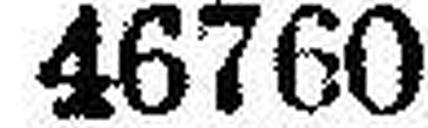
46760